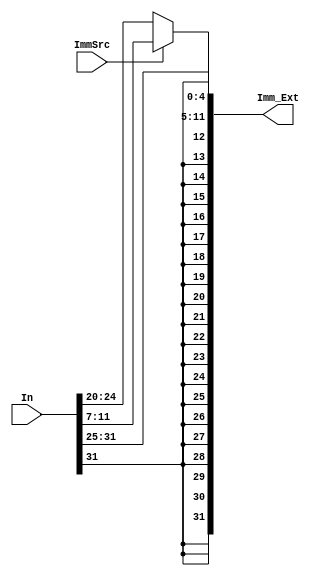
`timescale 1ns / 1ps
//////////////////////////////////////////////////////////////////////////////////
// Company: 
// Engineer: 
// 
// Design Name: 
// Module Name: sign_extend
// Project Name: 
// Target Devices: 
// Tool Versions: 
// Description: 
// 
// Dependencies: 
// 
// Revision:
// Revision 0.01 - File Created
// Additional Comments:
// 
//////////////////////////////////////////////////////////////////////////////////

module Sign_Extend (In,Imm_Ext,ImmSrc);

    input [31:0]In;
    input ImmSrc;
    output [31:0]Imm_Ext;

    assign Imm_Ext = (ImmSrc == 1'b1) ? ({{20{In[31]}},In[31:25],In[11:7]}):
                                        {{20{In[31]}},In[31:20]};
                                
endmodule